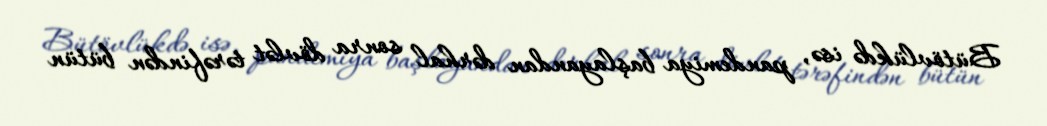
Bütövlükdə isə, pandemiya başlayandan dərhal sonra dövlət tərəfindən bütün